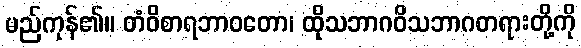
မည်ကုန်၏။ တံဝိစာရဘာဝတော၊ ထိုသဘာဂဝိသဘာဂတရားတို့ကို